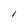
Character: I